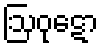
ဩဝုဋော